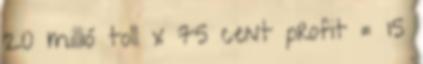
20 millió toll x 75 cent profit = 15